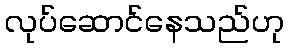
လုပ်ဆောင်နေသည်ဟု